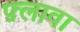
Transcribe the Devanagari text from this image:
फ़्लावा